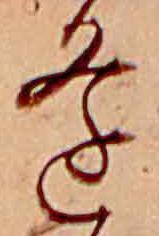
逢